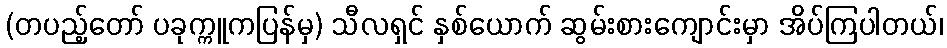
(တပည့်တော် ပခုက္ကူကပြန်မှ) သီလရှင် နှစ်ယောက် ဆွမ်းစားကျောင်းမှာ အိပ်ကြပါတယ်၊